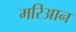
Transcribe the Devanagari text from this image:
मरिआन